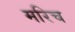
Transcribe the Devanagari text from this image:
मरिच